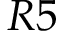
R 5